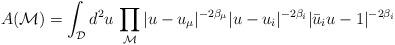
LaTeX: \begin{align*}A({\cal M}) = \int_{\cal D} d^2u\,\prod_{{\cal M}} |u-u_{\mu}|^{-2\beta_{\mu}}|u-u_i|^{-2\beta_{i}}|\bar u_i u-1|^{-2\beta_{i}}\end{align*}